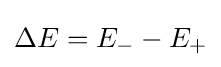
\Delta E=E_{-}-E_{+}